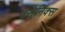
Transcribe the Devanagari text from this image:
क्सेनिक्स